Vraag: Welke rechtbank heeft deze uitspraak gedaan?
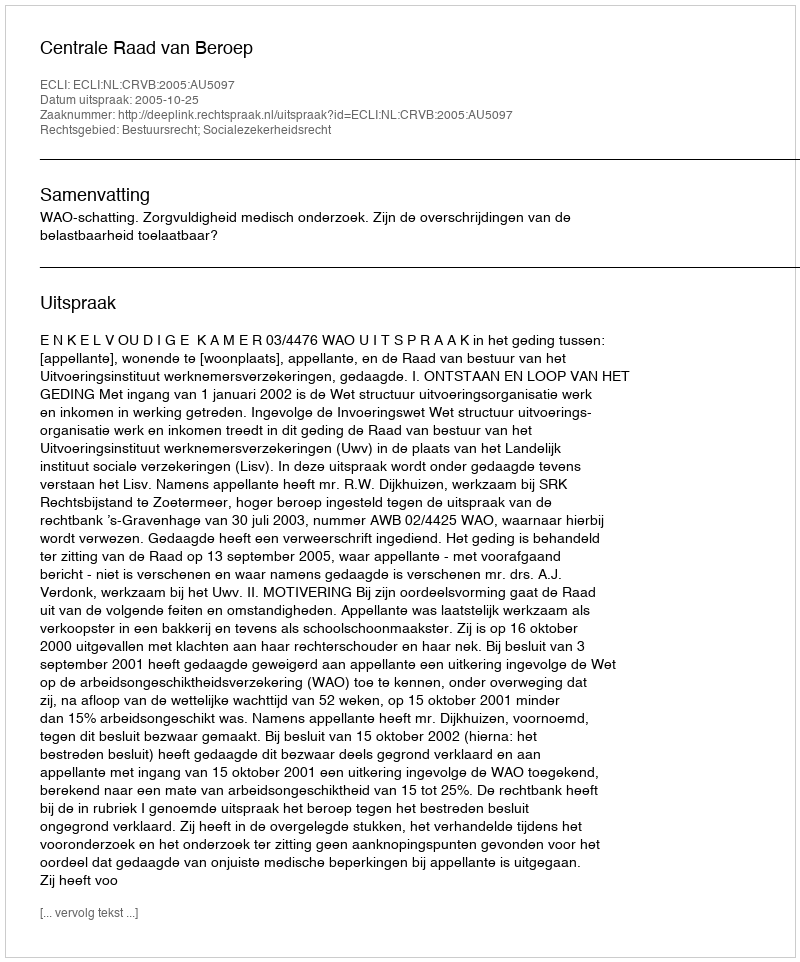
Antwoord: Centrale Raad van Beroep